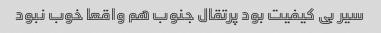
سیر بی کیفیت بود پرتقال جنوب هم واقعا خوب نبود